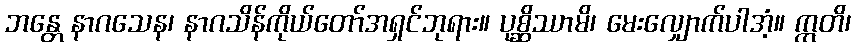
ဘန္တေ နာဂသေန၊ နာဂသိန်ကိုယ်တော်အရှင်ဘုရား။ ပုစ္ဆိဿာမိ၊ မေးလျှောက်ပါအံ့။ ဣတိ၊